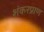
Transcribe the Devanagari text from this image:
शंकरप्राण